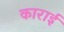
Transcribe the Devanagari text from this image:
काराई